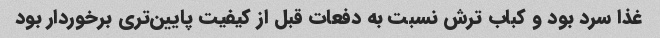
غذا سرد بود و کباب ترش نسبت به دفعات قبل از کیفیت پایین‌تری برخوردار بود